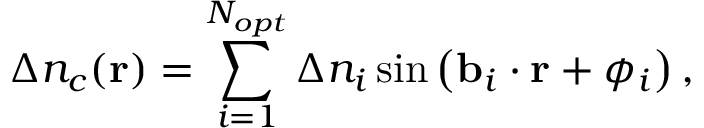
\Delta n _ { c } ( { \mathbf r } ) = \sum _ { i = 1 } ^ { N _ { o p t } } \Delta n _ { i } \, \mathrm { s i n } \left( { \bf b } _ { i } \cdot { \bf r } + \phi _ { i } \right) ,